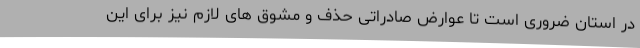
در استان ضروری است تا عوارض صادراتی حذف و مشوق های لازم نیز برای این